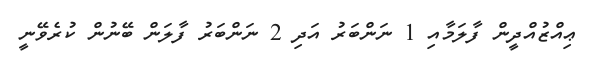
ޢިއްޒުއްދީން ފާލަމާއި 1 ނަންބަރު އަދި 2 ނަންބަރު ފާލަން ބޭނުން ކުރެވޭނީ